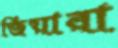
জিয়ারা